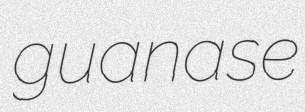
guanase